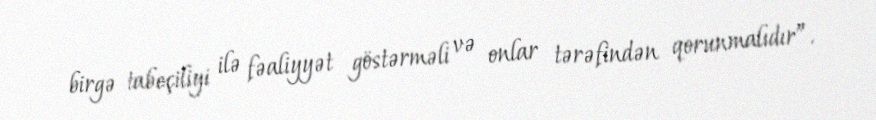
birgə tabeçiliyi ilə fəaliyyət göstərməli və onlar tərəfindən qorunmalıdır”.